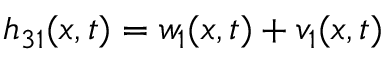
h _ { 3 1 } ( x , t ) = w _ { 1 } ( x , t ) + v _ { 1 } ( x , t )